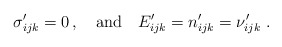
\begin{align*}\sigma'_{ijk} = 0\,, \quad\mbox{and}\quad E'_{ijk}= n'_{ijk} = \nu'_{ijk}\;. \end{align*}